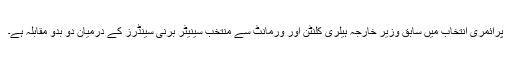
پرائمری انتخاب میں سابق وزیرِ خارجہ ہیلری کلنٹن اور ورمانٹ سے منتخب سینیٹر برنی سینڈرز کے درمیان دو بدو مقابلہ ہے۔